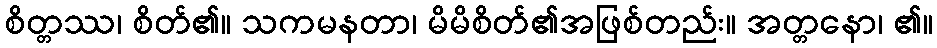
စိတ္တဿ၊ စိတ်၏။ သကမနတာ၊ မိမိစိတ်၏အဖြစ်တည်း။ အတ္တနော၊ ၏။